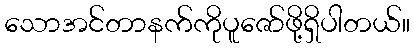
သောအင်တာနက်ကိုပူဇော်ဖို့ရှိပါတယ်။